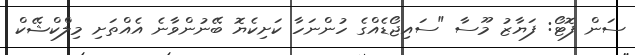
ސަން ފޮޓޯ: ފަޔާޒު މޫސާ "ސައިޖޯޑެއްގެ ހުންނަހާ ކަށިކެޔޮ ބޭނުންވާނެ އެއްތަށި މިލްކްޝޭކް